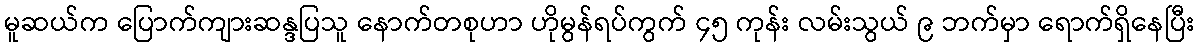
မူဆယ်က ပြောက်ကျားဆန္ဒပြသူ နောက်တစုဟာ ဟိုမွန်ရပ်ကွက် ၄၅ ကုန်း လမ်းသွယ် ၉ ဘက်မှာ ရောက်ရှိနေပြီး